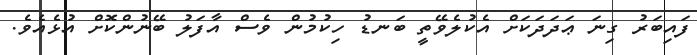
ފައިބަރު ގިނަ ޢަދަދަކަށް އެކުލެވޭތީ ބަނޑު ހިކުމުން ވެސް އާފަލު ބޭނުންކޮށް އުޅެއެވެ.